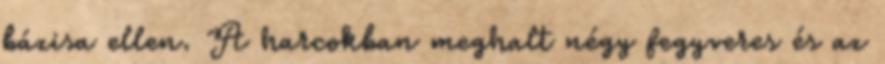
bázisa ellen. A harcokban meghalt négy fegyveres és az